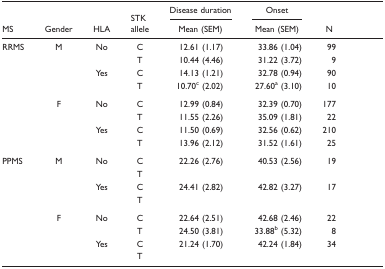
|  |  |  | STK | Disease duration | Onset |  |
 | MS | Gender | HLA | allele | Mean (SEM) | Mean (SEM) | N |
 | --- | --- | --- | --- | --- | --- | --- |
 | <ROWSPAN=8> RRMS | <ROWSPAN=4> M | <ROWSPAN=2> No | C | 12.61 (1.17) | 33.86 (1.04) | 99 |
 | T | 10.44 (4.46) | 31.22 (3.72) | 9 |
 | <ROWSPAN=2> Yes | C | 14.13 (1.21) | 32.78 (0.94) | 90 |
 | T | 10.70c (2.02) | 27.60a (3.10) | 10 |
 | <ROWSPAN=4> F | <ROWSPAN=2> No | C | 12.99 (0.84) | 32.39 (0.70) | 177 |
 | T | 11.55 (2.26) | 35.09 (1.81) | 22 |
 | <ROWSPAN=2> Yes | C | 11.50 (0.69) | 32.56 (0.62) | 210 |
 | T | 13.96 (2.12) | 31.52 (1.61) | 25 |
 | <ROWSPAN=8> PPMS | <ROWSPAN=4> M | <ROWSPAN=2> No | C | 22.26 (2.76) | 40.53 (2.56) | 19 |
 | T | <COLSPAN=5>  |
 | <ROWSPAN=2> Yes | C | 24.41 (2.82) | 42.82 (3.27) | 17 |
 | T | <COLSPAN=5>  |
 | <ROWSPAN=4> F | <ROWSPAN=2> No | C | 22.64 (2.51) | 42.68 (2.46) | 22 |
 | T | 24.50 (3.81) | 33.88b (5.32) | 8 |
 | <ROWSPAN=2> Yes | C | 21.24 (1.70) | 42.24 (1.84) | 34 |
 | T | <COLSPAN=5>  |